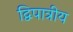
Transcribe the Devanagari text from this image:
द्विपात्रीय